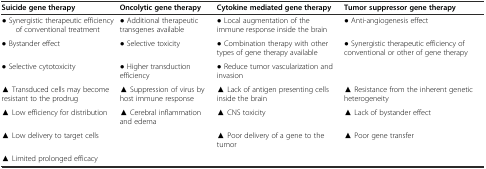
<table><thead><tr><td><b>Suicide gene therapy</b></td><td><b>Oncolytic gene therapy</b></td><td><b>Cytokine mediated gene therapy</b></td><td><b>Tumor suppressor gene therapy</b></td></tr></thead><tbody><tr><td>● Synergistic therapeutic efficiency of conventional treatment</td><td>● Additional therapeutic transgenes available</td><td>● Local augmentation of the immune response inside the brain</td><td>● Anti-angiogenesis effect</td></tr><tr><td>● Bystander effect</td><td>● Selective toxicity</td><td>● Combination therapy with other types of gene therapy available</td><td>● Synergistic therapeutic efficiency of conventional or other of gene therapy</td></tr><tr><td>● Selective cytotoxicity</td><td>● Higher transduction efficiency</td><td>● Reduce tumor vascularization and invasion</td><td></td></tr><tr><td>▲ Transduced cells may become resistant to the prodrug</td><td>▲ Suppression of virus by host immune response</td><td>▲ Lack of antigen presenting cells inside the brain</td><td>▲ Resistance from the inherent genetic heterogeneity</td></tr><tr><td>▲ Low efficiency for distribution</td><td>▲ Cerebral inflammation and edema</td><td>▲ CNS toxicity</td><td>▲ Lack of bystander effect</td></tr><tr><td>▲ Low delivery to target cells</td><td></td><td>▲ Poor delivery of a gene to the tumor</td><td>▲ Poor gene transfer</td></tr><tr><td>▲ Limited prolonged efficacy</td><td></td><td></td><td></td></tr></tbody></table>